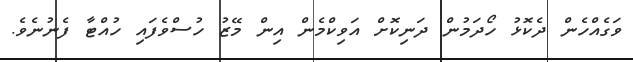
ވަގެއްހެން ދެކޮޅު ހޯދަމުން ދަނިކޮށް އަވިކްމެން އިން މޭޒު ހުސްވެފައި ހުއްޓާ ފެނުނެވެ.